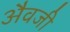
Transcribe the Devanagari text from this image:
अैवजी